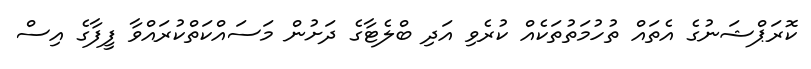
ކޮރަޕްޝަނުގެ އެތައް ތުހުމަތުތަކެއް ކުރެވި އަދި ބްލެޓާގެ ދަށުން މަސައްކަތްކުރައްވާ ފީފާގެ އިސް